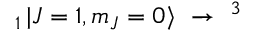
_ { 1 } \mathinner { | { J = 1 , m _ { J } = 0 } \rangle } ~ \rightarrow ~ ^ { 3 }